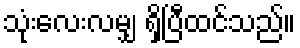
သုံးလေးလမျှ ရှိပြီထင်သည်။